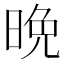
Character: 晩